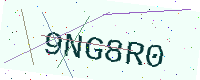
Text: 9NG8R0